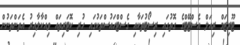
ޓޫރިޒަމް ރިއަލް އެސްޓޭޓްގެ ގޮތުގައި ރިސޯޓުތަކާއި ގެސްޓްހައުސްތަކުގައި ހުރި ކޮޓަރިތައް ވިއްކާލާއިރު އެތަންތަނުން